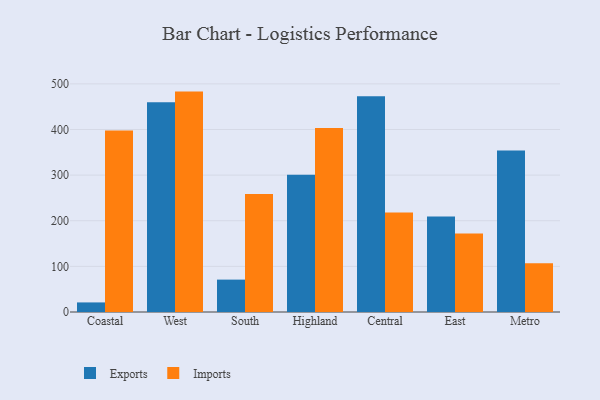
{"axis": {"x": "Region", "y": "Population (Million)"}, "legend": ["Exports", "Imports"], "data": [{"x": "Coastal", "y": 21.0, "type": "Exports"}, {"x": "Coastal", "y": 398.0, "type": "Imports"}, {"x": "West", "y": 460.0, "type": "Exports"}, {"x": "West", "y": 483.1, "type": "Imports"}, {"x": "South", "y": 71.0, "type": "Exports"}, {"x": "South", "y": 258.5, "type": "Imports"}, {"x": "Highland", "y": 300.8, "type": "Exports"}, {"x": "Highland", "y": 403.2, "type": "Imports"}, {"x": "Central", "y": 472.9, "type": "Exports"}, {"x": "Central", "y": 218.0, "type": "Imports"}, {"x": "East", "y": 209.6, "type": "Exports"}, {"x": "East", "y": 171.9, "type": "Imports"}, {"x": "Metro", "y": 353.9, "type": "Exports"}, {"x": "Metro", "y": 106.9, "type": "Imports"}]}